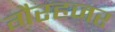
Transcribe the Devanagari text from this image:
गैरहजर